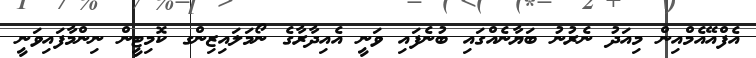
އެފްއޭއެމްއިން މިއަދު ނެރުނު ބަޔާނެއްގައި ބުނެފައި ވަނީ އެއިދާރާގެ ނޯމަލައިޒިންގ ކޮމިޓީން ނިންމާފައިވަނީ